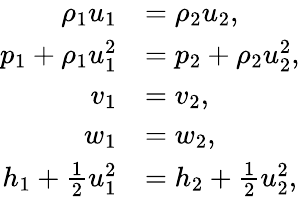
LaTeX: \begin{array}{rl}{\rho_{1}u_{1}}&{=\rho_{2}u_{2},}\\ {p_{1}+\rho_{1}u_{1}^{2}}&{=p_{2}+\rho_{2}u_{2}^{2},}\\ {v_{1}}&{=v_{2},}\\ {w_{1}}&{=w_{2},}\\ {h_{1}+\frac{1}{2}u_{1}^{2}}&{=h_{2}+\frac{1}{2}u_{2}^{2},}\end{array}